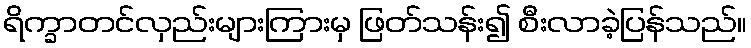
ရိက္ခာတင်လှည်းများကြားမှ ဖြတ်သန်း၍ စီးလာခဲ့ပြန်သည်။